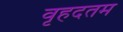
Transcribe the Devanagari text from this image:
वृहदतम